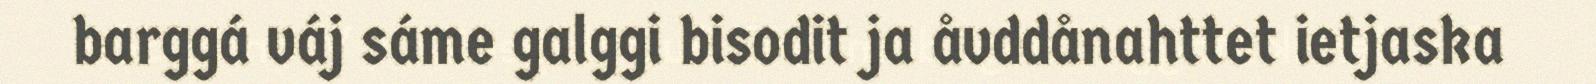
barggá váj sáme galggi bisodit ja åvddånahttet ietjaska